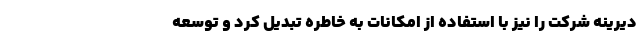
دیرینه شرکت را نیز با استفاده از امکانات به خاطره تبدیل کرد و توسعه